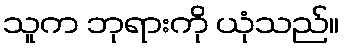
သူက ဘုရားကို ယုံသည်။